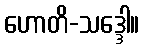
ဟောတိ-သဒ္ဒေါ။